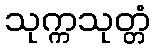
သုက္ကသုတ္တံ